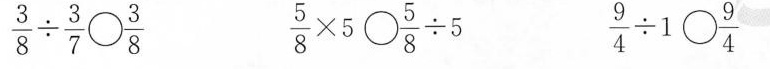
$$\frac{ 3 } { 8 } \div \frac{ 3 }{ 7 } \bigcirc \frac{ 3 } { 8 }$$$$\frac { 5 } { 8 } \times 5 \bigcirc \frac{ 5 } { 8 } \div